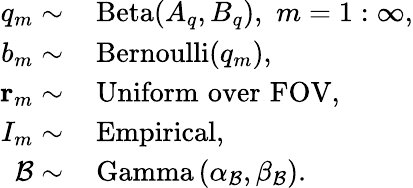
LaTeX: \begin{array}{rl}{q_{m}\sim}&{\, \mathrm{Beta}(A_{q},B_{q}),\, \, m=1:\infty,}\\ {b_{m}\sim}&{\, \mathrm{Bernoulli}(q_{m}),}\\ {\mathbf{r}_{m}\sim}&{\, \mathrm{Uniform\, \, over\, \, FOV},}\\ {I_{m}\sim}&{\, \mathrm{Empirical},}\\ {\mathcal{B}\sim}&{\, \mathrm{Gamma}\left(\alpha_{\mathcal{B}},\beta_{\mathcal{B}}\right).}\end{array}